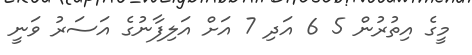
މީގެ އިތުރުން 5 6 އަދި 7 އަށް އަލިފާނުގެ އަސަރު ވަނީ